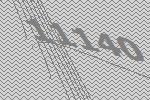
11140